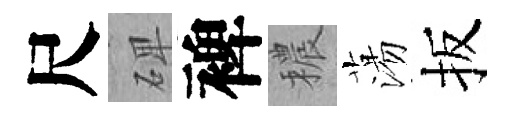
尺𥓓裨穠蕩扳